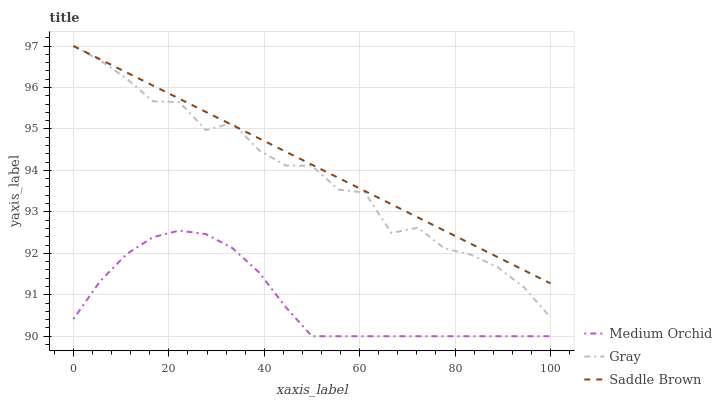
| xaxis_label | Medium Orchid | Gray | Saddle Brown |
 | --- | --- | --- | --- |
 | 0 | 90.4 | 97 | 97 |
 | 5.56 | 91.3 | 96.7 | 96.7 |
 | 11.1 | 92 | 96.2 | 96.4 |
 | 16.7 | 92.4 | 95.7 | 96 |
 | 22.2 | 92.5 | 95.6 | 95.7 |
 | 27.8 | 92.5 | 95 | 95.4 |
 | 33.3 | 92.1 | 95.1 | 95.1 |
 | 38.9 | 91.5 | 94.5 | 94.8 |
 | 44.4 | 90.7 | 94.1 | 94.5 |
 | 50 | 90 | 94.1 | 94.1 |
 | 55.6 | 90 | 93.5 | 93.8 |
 | 61.1 | 90 | 93.5 | 93.5 |
 | 66.7 | 90 | 92.5 | 93.2 |
 | 72.2 | 90 | 92.6 | 92.9 |
 | 77.8 | 90 | 92.1 | 92.5 |
 | 83.3 | 90 | 92 | 92.2 |
 | 88.9 | 90 | 91.7 | 91.9 |
 | 94.4 | 90 | 91.2 | 91.6 |
 | 100 | 90 | 90.5 | 91.3 |